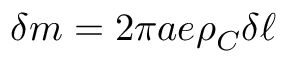
\delta m = 2 \pi a e \rho _ { C } \delta \ell